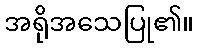
အရိုအသေပြု၏။